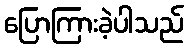
ပြောကြားခဲ့ပါသည်